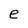
Character: e